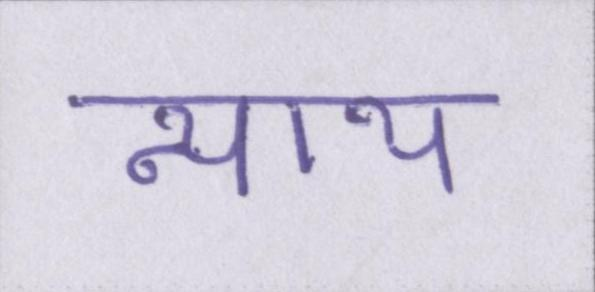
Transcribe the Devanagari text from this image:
न्याय